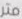
متر